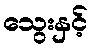
သွေးနှင့်